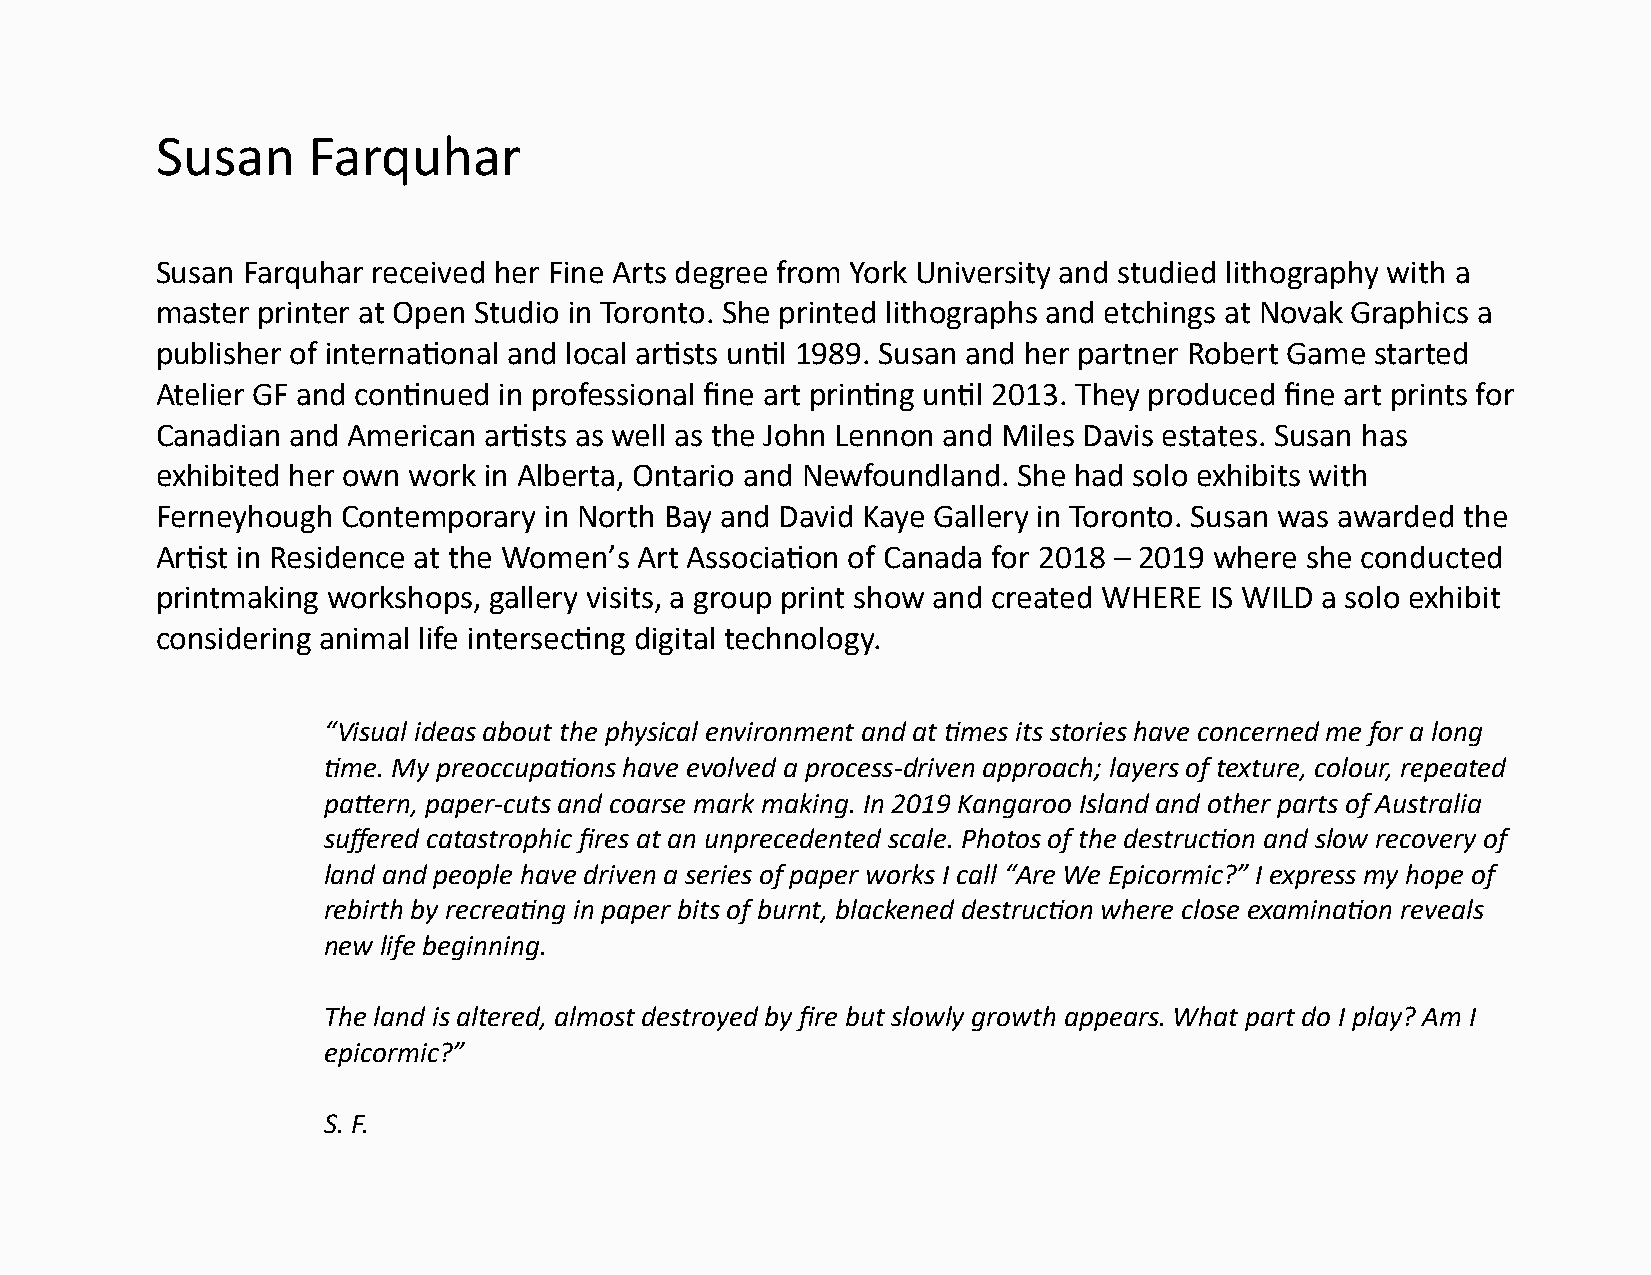
Susan     Farquhar
 Susan Farquhar received her Fine Arts degree from York University and studied lithography with a
 master printer at Open Studio in Toronto. She printed lithographs and etchings at Novak Graphics a
 publisher of international and local artists until 1989. Susan and her partner Robert Game started
 Atelier GF and continued in professional fine art printing until 2013. They produced fine art prints for
 Canadian and American artists as well as the John Lennon and Miles Davis estates. Susan has
 exhibited her own work in Alberta, Ontario and Newfoundland. She had solo exhibits with
 Ferneyhough  Contemporary in North Bay and David Kaye Gallery in Toronto. Susan was awarded the
 Artist in Residence at the Women’s Art Association of Canada for 2018 – 2019 where she conducted
 printmaking workshops, gallery visits, a group print show and created WHERE IS WILD a solo exhibit
 considering animal life intersecting digital technology.
 “Visual ideas about the physical environment and at times its stories have concerned me for a long
 time. My preoccupations have evolved a process-driven approach; layers of texture, colour, repeated
 pattern, paper-cuts and coarse mark making. In 2019 Kangaroo Island and other parts of Australia
 suffered catastrophic fires at an unprecedented scale. Photos of the destruction and slow recovery of
 land and people have driven a series of paper works I call “Are We Epicormic?” I express my hope of
 rebirth by recreating in paper bits of burnt, blackened destruction where close examination reveals
 new life beginning.
 The land is altered, almost destroyed by fire but slowly growth appears. What part do I play? Am I
 epicormic?”
 S. F.